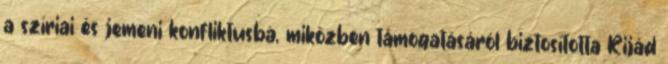
a szíriai és jemeni konfliktusba, miközben támogatásáról biztosította Rijád